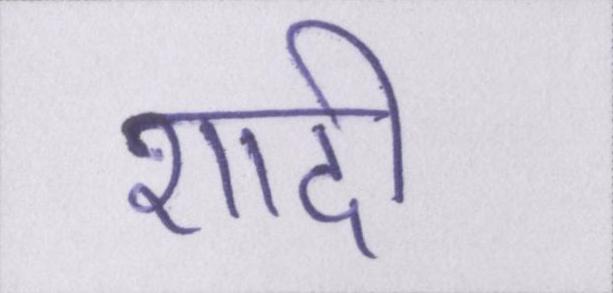
शादी